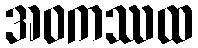
အဝကဿထ